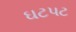
ઘટપટ